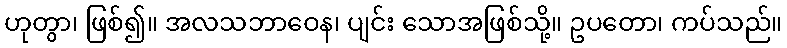
ဟုတွာ၊ ဖြစ်၍။ အလသဘာဝေန၊ ပျင်း သောအဖြစ်သို့။ ဥပတော၊ ကပ်သည်။